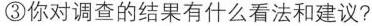
③你对调查的结果有什么看法和建议?